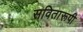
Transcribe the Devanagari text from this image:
सवितारूपी